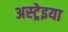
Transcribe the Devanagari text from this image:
अस्ट्रेइया